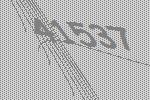
41537